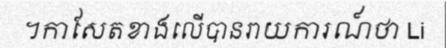
។កាសែតខាងលើបានរាយការណ៍ថា Li